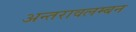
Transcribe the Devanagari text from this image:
अन्तरावलम्बन